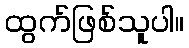
ထွက်ဖြစ်သူပါ။